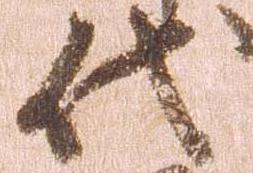
代